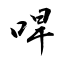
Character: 哻